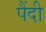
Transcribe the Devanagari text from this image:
पैंदी